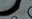
سابقه